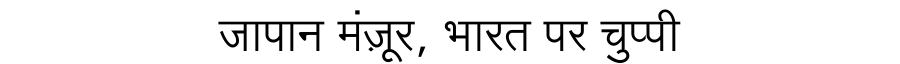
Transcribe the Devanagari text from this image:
जापान मंज़ूर, भारत पर चुप्पी